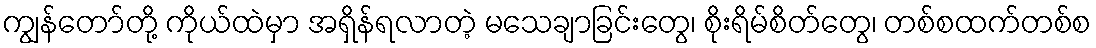
ကျွန်တော်တို့ ကိုယ်ထဲမှာ အရှိန်ရလာတဲ့ မသေချာခြင်းတွေ၊ စိုးရိမ်စိတ်တွေ၊ တစ်စထက်တစ်စ